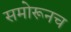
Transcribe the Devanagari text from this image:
समोरूनच